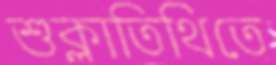
শুক্লাতিথিতে